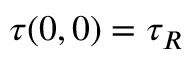
\tau ( 0 , 0 ) = \tau _ { R }